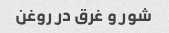
شور و غرق در روغن